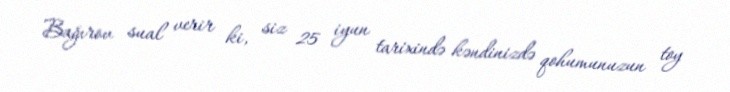
Bağırov sual verir ki, siz 25 iyun tarixində kəndinizdə qohumunuzun toy